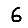
Digit: 6